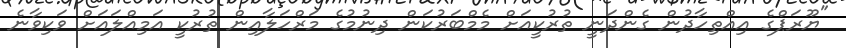
"ޔޫރަޕްގެ އިއްތިހާދުން ގެންދަނީ ތުރުކީއަށް މެމްބަރުކަން ދިނުމުގެ މަރްހަލާއިން ތުރުކީ އަމިއްލައަށް ވަކިވާނެ